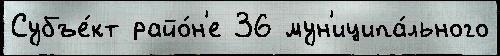
Субъе́кт райо́н'е 36 мун'иципа́льного